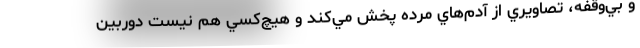
و بي‌وقفه، تصاويري از آدم‌هاي مرده پخش مي‌كند و هيچ‌كسي هم نيست دوربين